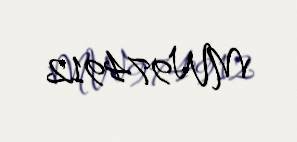
MW974912